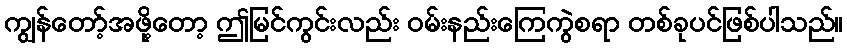
ကျွန်တော့်အဖို့တော့ ဤမြင်ကွင်းလည်း ဝမ်းနည်းကြေကွဲစရာ တစ်ခုပင်ဖြစ်ပါသည်။